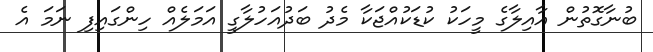
ބުނާގޮތުން އާއިލާގެ މީހަކު ކުޑަކުއްޖަކާ މެދު ބަދުއަހުލާގީ އަމަލެއް ހިންގައިފި ނަމަ އެ